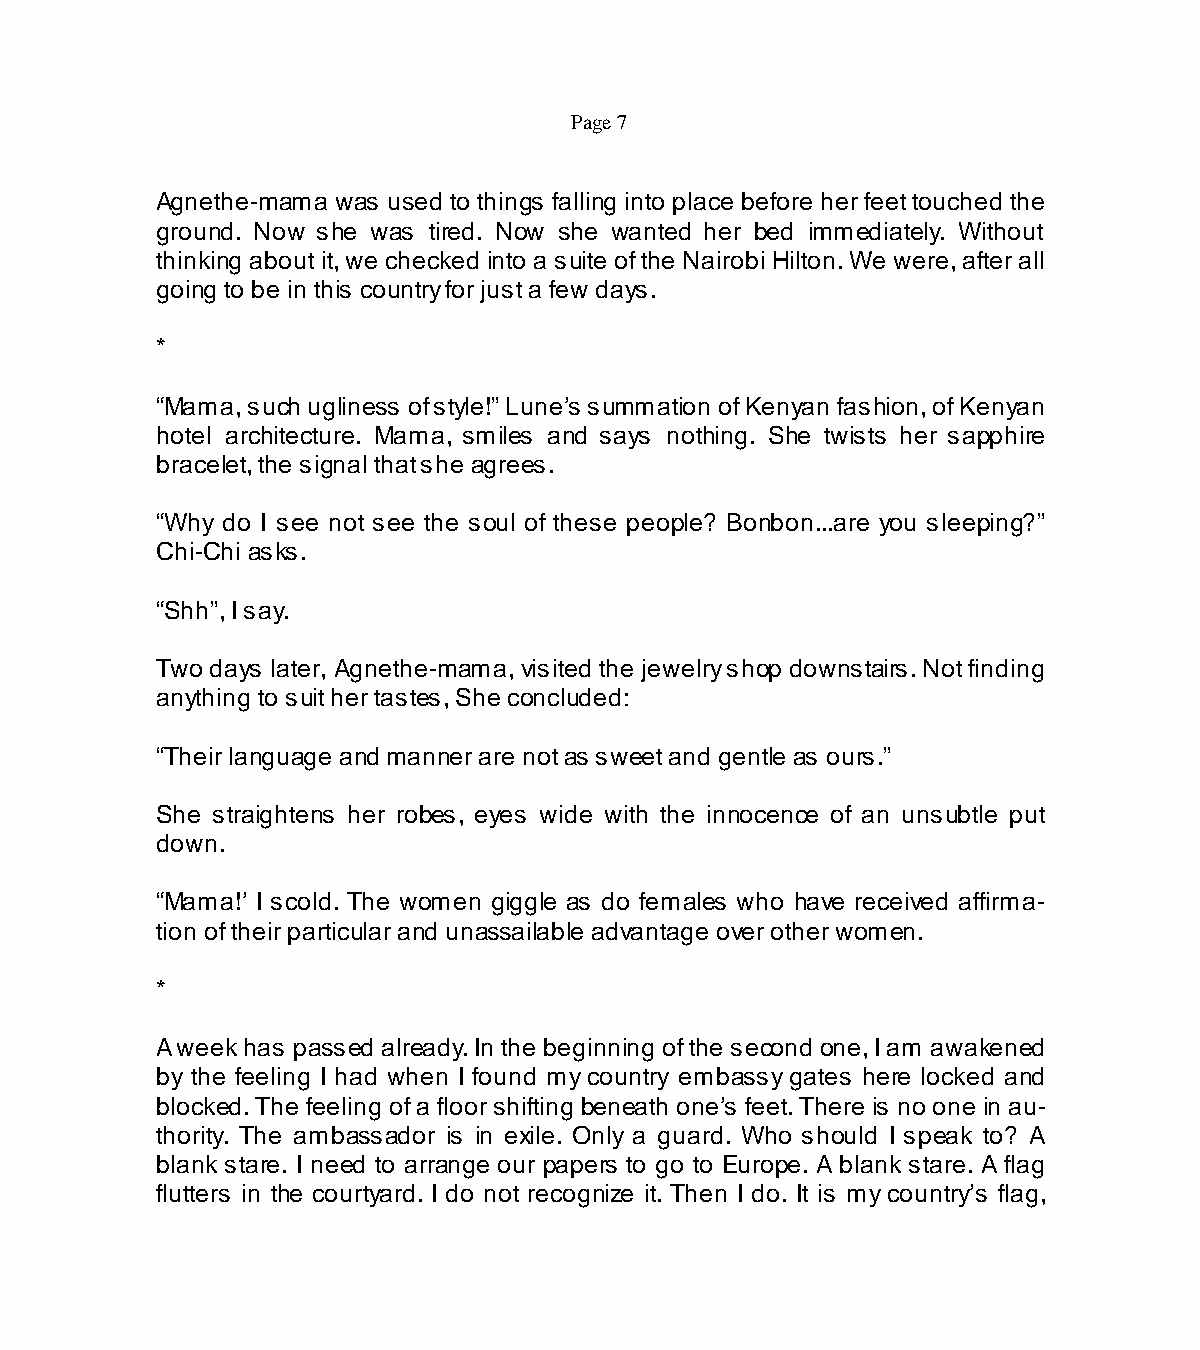
Page 7
 Agnethe-mama was used to things falling into place before her feet touched the
 ground. Now she was tired. Now she wanted her bed immediately. Without
 thinking about it, we checked into a suite of the Nairobi Hilton. We were, after all
 going to be in this country for just a few days.
 *
 “Mama, such ugliness of style!” Lune’s summation of Kenyan fashion, of Kenyan
 hotel architecture. Mama, smiles and says nothing. She twists her sapphire
 bracelet, the signal that she agrees.
 “Why do I see not see the soul of these people? Bonbon...are you sleeping?”
 Chi-Chi asks.
 “Shh”, I say.
 Two days later, Agnethe-mama, visited the jewelry shop downstairs. Not finding
 anything to suit her tastes, She concluded:
 “Their language and manner are not as sweet and gentle as ours.”
 She straightens her robes, eyes wide with the innocence of an unsubtle put
 down.
 “Mama!’ I scold. The women giggle as do females who have received affirma-
 tion of their particular and unassailable advantage over other women.
 *
 A week has passed already. In the beginning of the second one, I am awakened
 by the feeling I had when I found my country embassy gates here locked and
 blocked. The feeling of a floor shifting beneath one’s feet. There is no one in au-
 thority. The ambassador is in exile. Only a guard. Who should I speak to? A
 blank stare. I need to arrange our papers to go to Europe. A blank stare. A flag
 flutters in the courtyard. I do not recognize it. Then I do. It is my country’s flag,